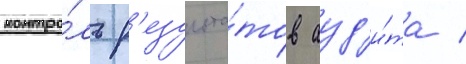
контро́ль р'езульта́тов ауд'и́та /